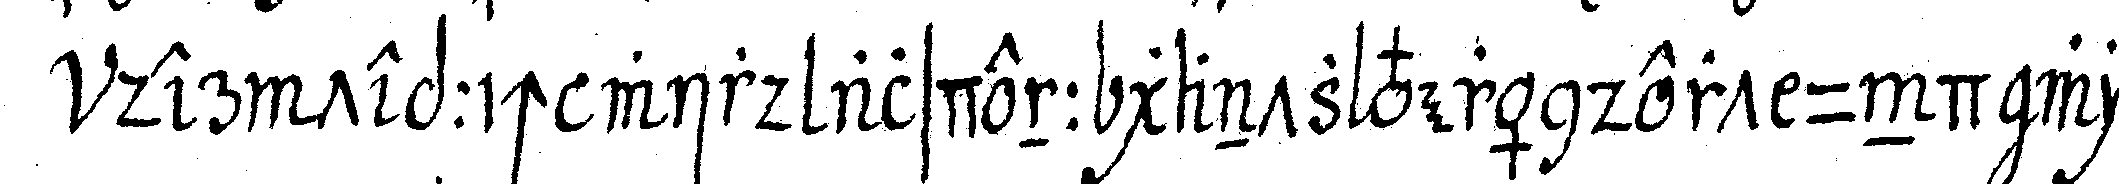
der teppich wird alsdenn gantz verändert und wie